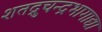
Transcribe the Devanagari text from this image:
शतद्रुचन्द्रभागाद्या